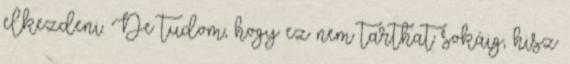
elkezdeni. De tudom, hogy ez nem tarthat sokáig, hisz